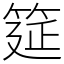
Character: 筵